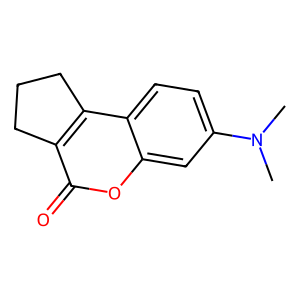
SMILES: CN(C)c1ccc2c3c(c(=O)oc2c1)CCC3
Inhibits HIV replication: No